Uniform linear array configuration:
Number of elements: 8
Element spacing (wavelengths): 0.75
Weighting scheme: hann
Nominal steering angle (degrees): -45
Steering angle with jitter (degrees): -44.269
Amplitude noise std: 0.05
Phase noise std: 0.05

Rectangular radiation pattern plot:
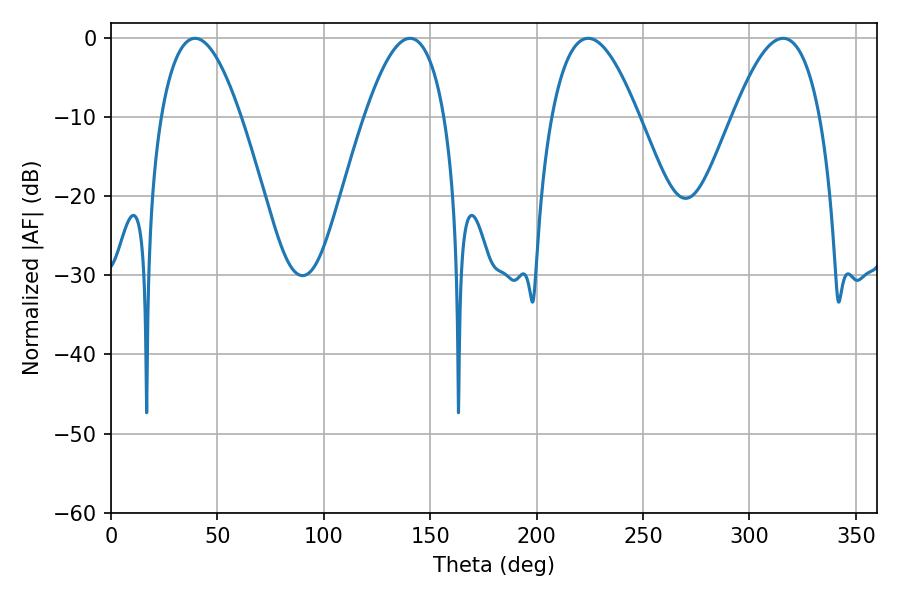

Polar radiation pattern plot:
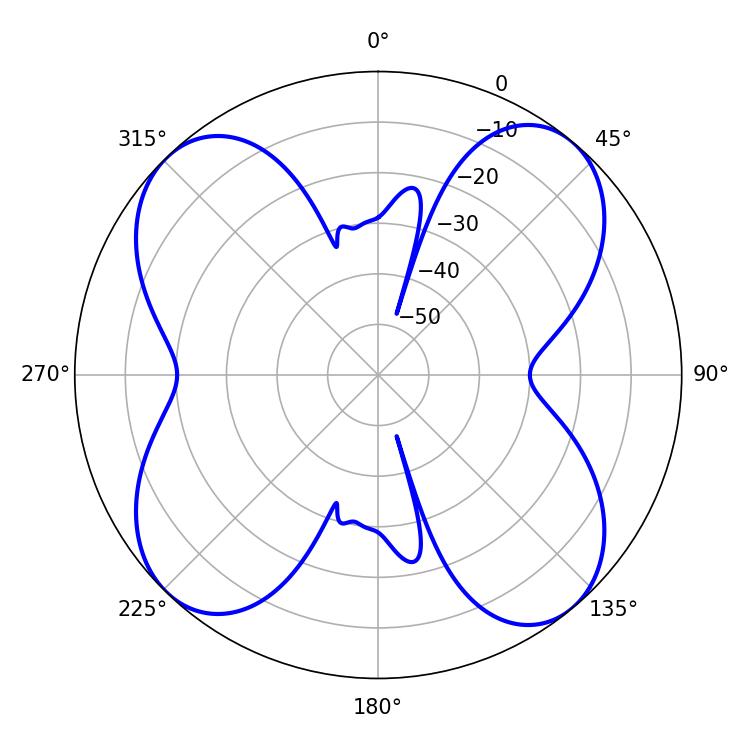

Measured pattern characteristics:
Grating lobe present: TRUE
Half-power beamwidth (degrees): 22.32
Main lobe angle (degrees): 224.28